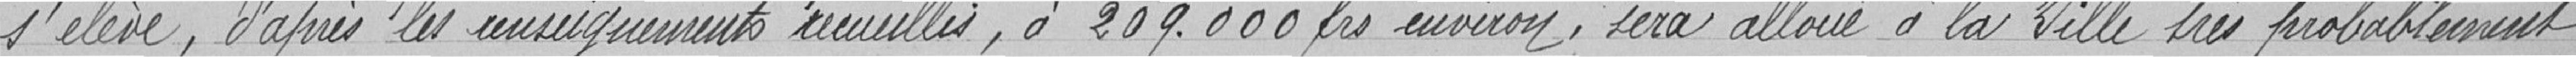
s'élève, d'après les renseignements recueillis, à 209.000 francs environ, sera alloué à la Ville très probablement